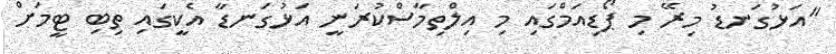
"އަޅުގަނޑު މިރޭ މި ޕޯޑިއަމްގައި މި އިލްތިމާސްކުރަނީ އަޅުގަނޑާ އެކީގައި ތިބި ޓީމަށް